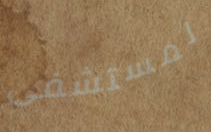
لمستشفى